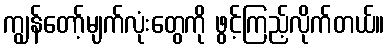
ကျွန်တော့်မျက်လုံးတွေကို ဖွင့်ကြည့်လိုက်တယ်။